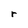
Character: r